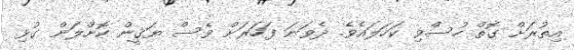
އިތުރަށް ގޮތް ހުސްވި ކަހަލައެވެ. ދެވަނަ ފަހަރަށް ވެސް ޔަޤީން ކޮށްލަން ގުޅި